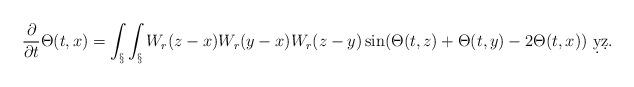
LaTeX: \begin{align*}\frac{\partial}{\partial t} \Theta(t,x) = \int_\S \int_\S W_r(z-x)W_r(y-x)W_r(z-y) \sin(\Theta(t,z)+\Theta(t,y)-2\Theta(t,x))\ \d y \d z.\end{align*}